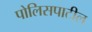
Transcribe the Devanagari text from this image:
पोलिसपाटील